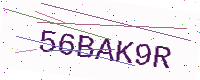
Text: 56BAK9R